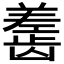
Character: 𬺎